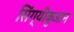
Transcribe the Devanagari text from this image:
सिंग्यीकुआन